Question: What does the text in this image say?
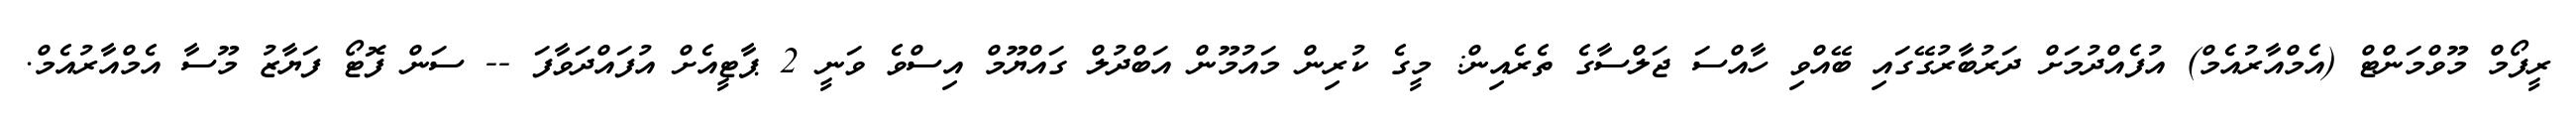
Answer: ރީފޯމް މޫވްމަންޓް (އެމްއާރުއެމް) އުފެއްދުމަށް ދަރުބާރުގޭގައި ބޭއްވި ހާއްސަ ޖަލްސާގެ ތެރެއިން: މީގެ ކުރިން މައުމޫން އަބްދުލް ގައްޔޫމް އިސްވެ ވަނީ 2 ޕާޓީއެށް އުފައްދަވާފަ -- ސަން ފޮޓޯ ފަޔާޒު މޫސާ އެމްއާރުއެމް.